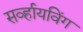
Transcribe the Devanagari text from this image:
सर्व्हायविंग